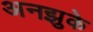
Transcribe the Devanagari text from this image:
अनझुके